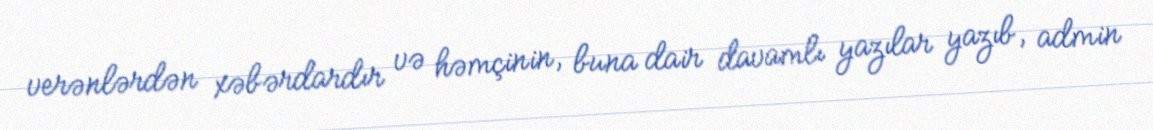
verənlərdən xəbərdardır və həmçinin, buna dair davamlı yazılar yazıb, admin